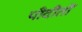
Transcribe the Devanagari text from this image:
पीदीतों